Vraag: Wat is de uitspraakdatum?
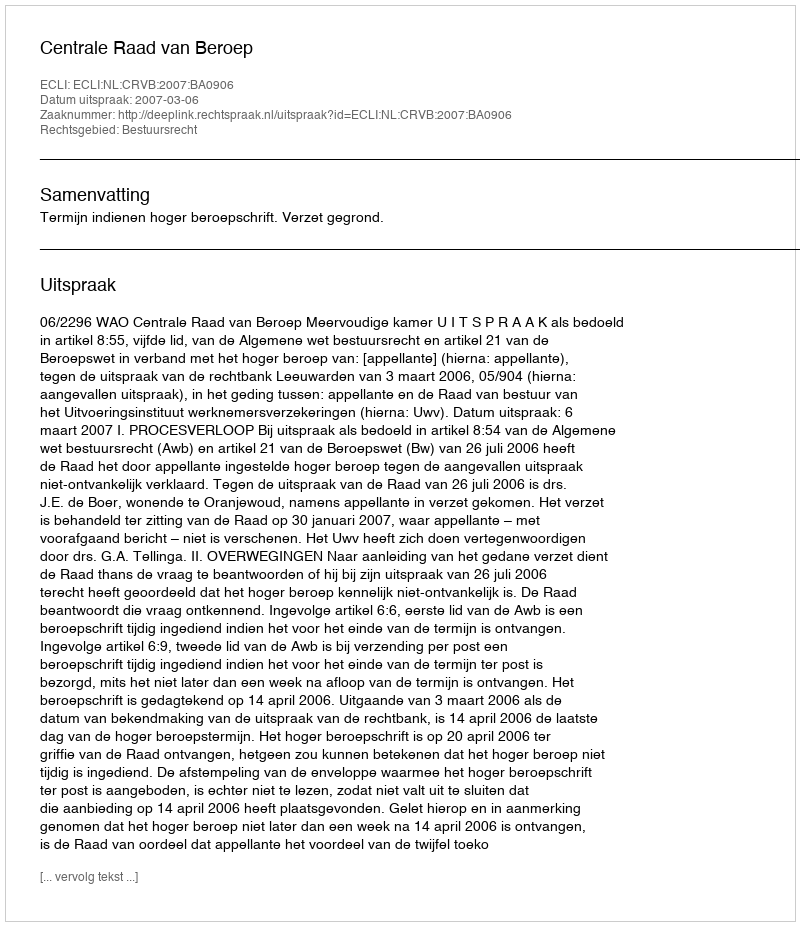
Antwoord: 2007-03-06